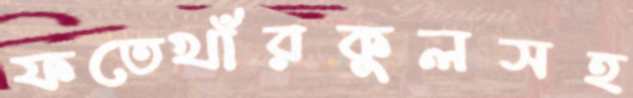
ফতেখাঁরকুলসহ